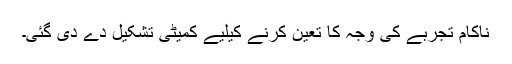
ناکام تجربے کی وجہ کا تعین کرنے کیلیے کمیٹی تشکیل دے دی گئی۔